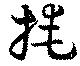
掩